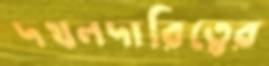
দখলদারিত্বের